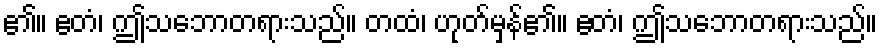
၏။ ဧတံ၊ ဤသဘောတရားသည်။ တထံ၊ ဟုတ်မှန်၏။ ဧတံ၊ ဤသဘောတရားသည်။